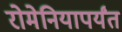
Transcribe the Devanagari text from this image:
रोमेनियापर्यंत